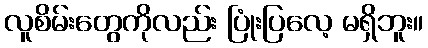
လူစိမ်းတွေကိုလည်း ပြုံးပြလေ့ မရှိဘူး။